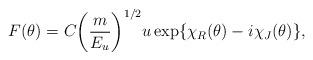
LaTeX: \begin{align*}F(\theta)=C{\left( \frac{m}{E_{u}} \right)}^{1/2}u\exp\{\chi_{R}(\theta)-i\chi_{J}(\theta)\},\end{align*}